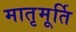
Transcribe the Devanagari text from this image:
मातृमूर्ति